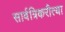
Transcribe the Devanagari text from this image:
सार्वत्रिकरीत्या